Medical and sanitary report of the native army of Bengal for the year
Year: 1874
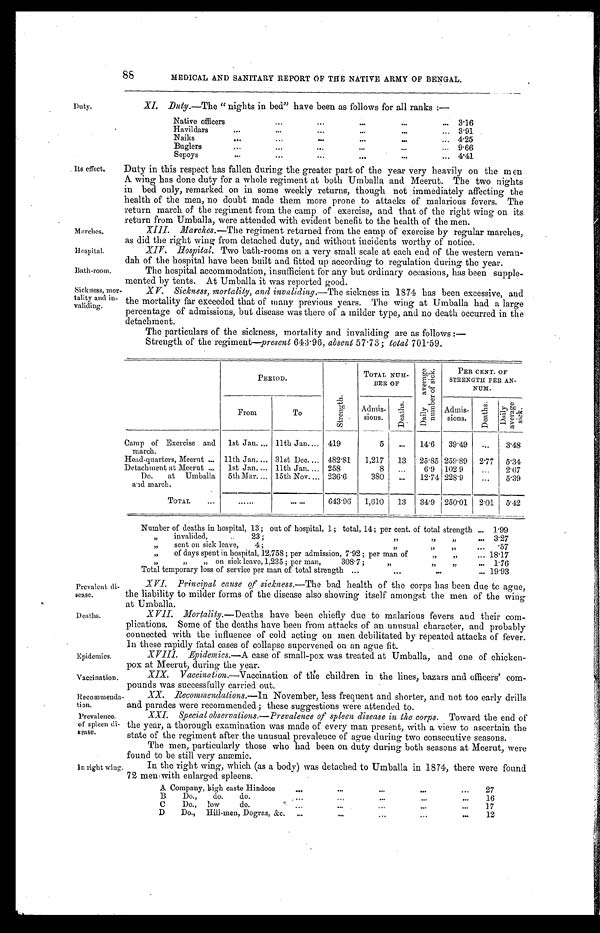
Marches.
Hospital.
88
Duty.
MEDICAL AND SANITARY REPORT OF THE NATIVE ARMY OF BENGAL.
XI.
Duty.—The "nights in bed" have been as follows for all ranks:—
Native officers . . .
3.16
Havildars . . .
3.91
Naiks . . .
4.25
Buglers . . .
9.66
Sepoys . . .
4.41
Its effect.
Duty in this respect has fallen during the greater part of the year very heavily on the men
A wing has done duty for a whole regiment at both Umballa and Meerut. The two nights
in bed only, remarked on in some weekly returns, though not immediately affecting the
health of the men, no doubt made them more prone to attacks of malarious fevers. The
return march of the regiment from the camp of exercise, and that of the right wing on its
return from Umballa, were attended with evident bebefit to the health of the men.
XIII. Marches .—The regiment returned from the camp of exercise by regular marches,
as did the right wing from detached duty, and without incidents worth of notice.
XIV. Hospital. Two bath-rooms on a very small scale at each end of the western veran
-dah of the hospital have been built and fitted up according to regulation during the year.
Bath-room.
Sickness, mor
-tality and in
- v a l i d i n g .
The hospital accommodation, insufficient for any but ordinary occasions, has been supple
-mented by tents. At Umballa it was reported good.
XV. Sickness, mortality, and invaliding .—The sickness in 1874 has been excessive, and
the mortality far exceeded that of many previous years. The wing at Umballa had a large
percentage of admissions, but disease was there of a milder type, and no death occurred in the
detachment.
The particulars of the sickness, mortality and invaliding are as follows:—
Strength of the regiment—present 643.96, absent 57.73; total 701.59.
P E R I O D .
S t r e n g t h .
TOTAL NUM-
BER OF
D a i l y a v e r a g e n u m b e r o f s i c k .
PER CENT. OF
STRENGTH PER AN-
N U M .
From
To
Admis-
sions.
D e a t h s .
Admis-
sions.
D e a t h s .
D a i l y a v e r a g e s i c k .
CampofExerciseand
march.
1st Jan. . . . 11th Jan. . . . 419
5
. . .
14.6
39.49
. . .
3.48
Head-quarters, Meerut . . . 11th Jan . . . 31st Dec . . . 482.81
1,217
13
25.85 259.89
2.77
5.34
Detachment at Meerut . . .
1st Jan . . . 11th Jan . . . 258
8
. . .
6.9 102.9
. . .
2.67
Do. at Umballa
and march.
5th Mar . . . 15th Nov . . . 236.6
380
. . .
12.74 228.9
. . .
5.39
TOTAL . . .
. . .
. . .
643.96
1,610
13
34.9 250.01
2.01
5.42
Number of deaths in hospital, 13; out of hospital, 1; total, 14; per cent. of total strength . . .
1.99
" invalided, "23; " " " . . . 3.27
" s e n t o n s i c k l e a v e , 4 ; " " " . . .
.57
" of days spent in hospital, 12,758; per admission, 7.92; per man of " " . . . 18.17
" " " on sick leave, 1,235; per man, 308.7; " " " . . .
1.76
Total temporary loss of service per man of total strength . . . 19.93
Prevalent
di-sease.
Deaths.
Epidemics.
Vaccination.
Recommenda -tion.
Prevalence.
of spleen di
-sease.
In right wing.
XVI. Principal cause of sickness .—The bad health of the corps has been due to ague,
the liability to milder forms of the disease also showing itself amongst the men of the wing
at Umballa.
XVI. Mortality .—Deaths have been chiefly due to malarious fevers and their com
- p l i c a t i o n s . S o m e o f t h e d e a t h s h a v e b e e n f r o m a t t a c k s o f a n u n u s u a l c h a r a c t e r , a n d p r o b a b l y
connected with the influence of cold acting on men debilitated by repeated attacks of fever.
In these rapidly fatal cases of collapse supervened on an ague fit.
XVIII. Epidemics .—A case of small-pox was treated at Umballa, and one of chicken
-
pox Meerut, during the year.
XIX. Vaccination .—Vaccination of the children in the lines, bazars and officers'
com-pounds was succesfully carrried out.
XX. Recommendations.—In November, less frequent and shorter, and not too early drills
and parades were recommended; these suggestions were attended to.
XXI . Special observations.—Prevalence of spleen disease in the corps. Toward the end of
the year, a thorough examination was made of every man present, with a view to ascertain the
state of the regiment after the unusual prevalence of ague during two consecutive seasons.
The men, particularly those who had been on duty during both seasons at Meerut, were
found to be still very anæmic.
In the right wing, which (as a body) was detached to Umballa in 1874, there were found
79, men with enlarged spleens.
A Company, high caste Hindoos . . .
27
B Do.,do. do. . . .
1 6
C Do., low do. . . .
17
D Do., Hill-men, Dogras, &c. . . .
12